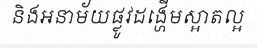
និងអនាម័យផ្លូវដង្ហើមស្អាតល្អ